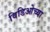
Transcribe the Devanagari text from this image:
विडिओच्या